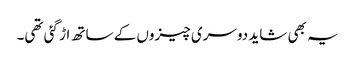
یہ بھی شاید دوسری چیزوں کے ساتھ اڑ گئی تھی۔